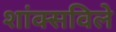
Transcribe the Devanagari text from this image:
शांक्सविले